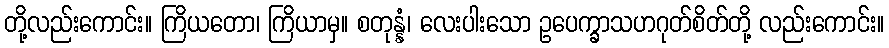
တို့လည်းကောင်း။ ကြိယတော၊ ကြိယာမှ။ စတုန္နံ၊ လေးပါးသော ဥပေက္ခာသဟဂုတ်စိတ်တို့ လည်းကောင်း။